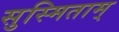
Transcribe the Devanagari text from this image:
सुस्मिताम्